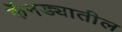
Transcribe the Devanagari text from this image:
कॅनड्यातील